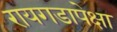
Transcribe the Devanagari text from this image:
रायगडापेक्षा